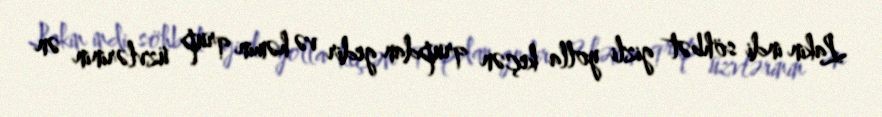
Lakin indi söhbət gizli yolla keçən qrupdan gedir və həmin qrup üzvlərinin ən